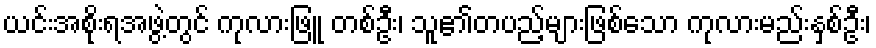
ယင်းအစိုးရအဖွဲ့တွင် ကုလားဖြူ တစ်ဦး၊ သူ၏တပည့်များဖြစ်သော ကုလားမည်းနှစ်ဦး၊